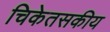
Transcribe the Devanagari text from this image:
चिकेतसकीय